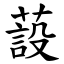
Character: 蔎